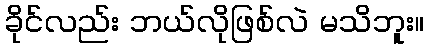
ခိုင်လည်း ဘယ်လိုဖြစ်လဲ မသိဘူး။